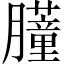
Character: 𬛞